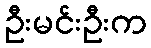
ဦးမင်းဦးက